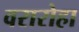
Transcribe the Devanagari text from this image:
वरारोहा